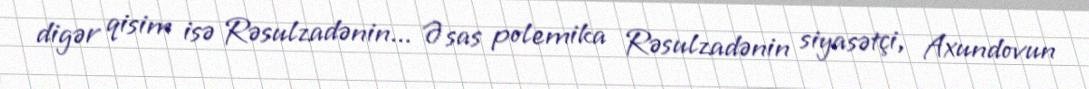
digər qisim isə Rəsulzadənin... Əsas polemika Rəsulzadənin siyasətçi, Axundovun